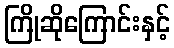
ကြိုဆိုကြောင်းနှင့်